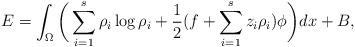
LaTeX: \begin{align*}E= \int_{\Omega}\bigg( \sum_{i=1}^s \rho_i\log \rho_i+\frac{1}{2}(f+\sum_{i=1}^s z_i\rho_i)\phi \bigg )d x +B,\end{align*}